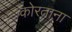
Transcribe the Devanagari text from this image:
कोरताना